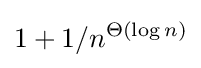
1+1/n^{\Theta (\log {n})}